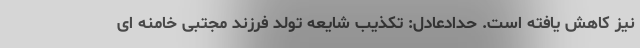
نیز کاهش یافته است. حدادعادل: تکذیب شایعه تولد فرزند مجتبی خامنه ای